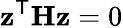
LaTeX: \mathbf{z}^{\mathsf{T}}\mathbf{H}\mathbf{z}=0